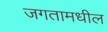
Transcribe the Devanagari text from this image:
जगतामधील